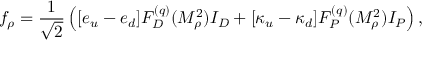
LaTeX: f _ { \rho } = \frac { 1 } { \sqrt { 2 } } \left( [ e _ { u } - e _ { d } ] F _ { D } ^ { ( q ) } ( M _ { \rho } ^ { 2 } ) I _ { D } + [ \kappa _ { u } - \kappa _ { d } ] F _ { P } ^ { ( q ) } ( M _ { \rho } ^ { 2 } ) I _ { P } \right) ,